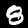
Label: 8